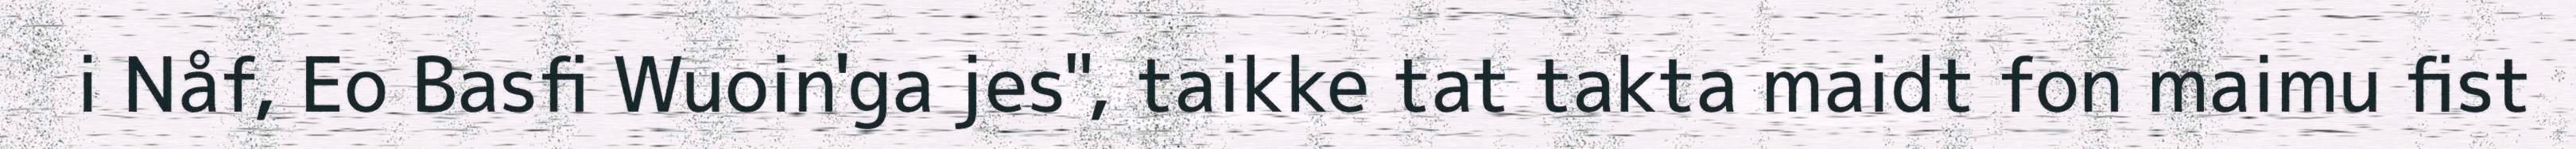
i Nåf, Eo Basfi Wuoin'ga jes", taikke tat takta maidt fon maimu fist